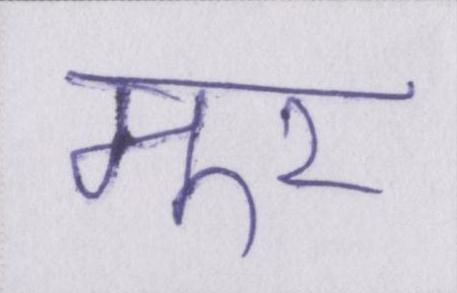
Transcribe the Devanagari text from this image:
मूर